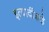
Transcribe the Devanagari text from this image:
इत्यादींकडे